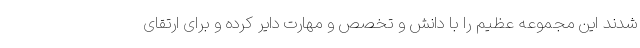
شدند این مجموعه عظیم را با دانش و تخصص و مهارت دایر کرده و برای ارتقای